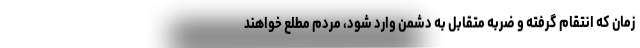
زمان که انتقام گرفته و ضربه متقابل به دشمن وارد شود، مردم مطلع خواهند